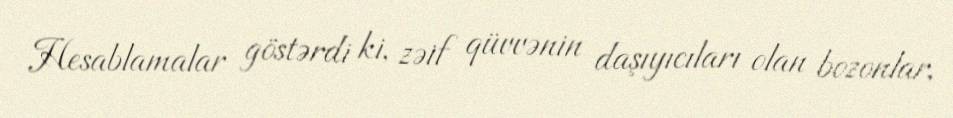
Hesablamalar göstərdi ki, zəif qüvvənin daşıyıcıları olan bozonlar,